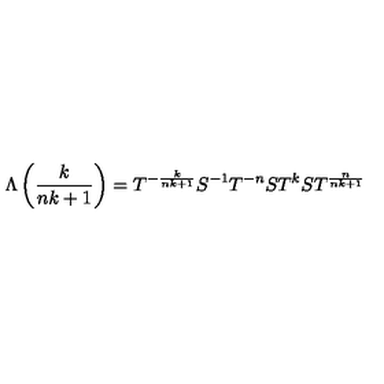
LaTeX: \Lambda \left( \frac { k } { n k + 1 } \right) = T ^ { - \frac { k } { n k + 1 } } S ^ { - 1 } T ^ { - n } S T ^ { k } S T ^ { \frac { n } { n k + 1 } }